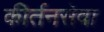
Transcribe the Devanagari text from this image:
कीर्तनसेवा